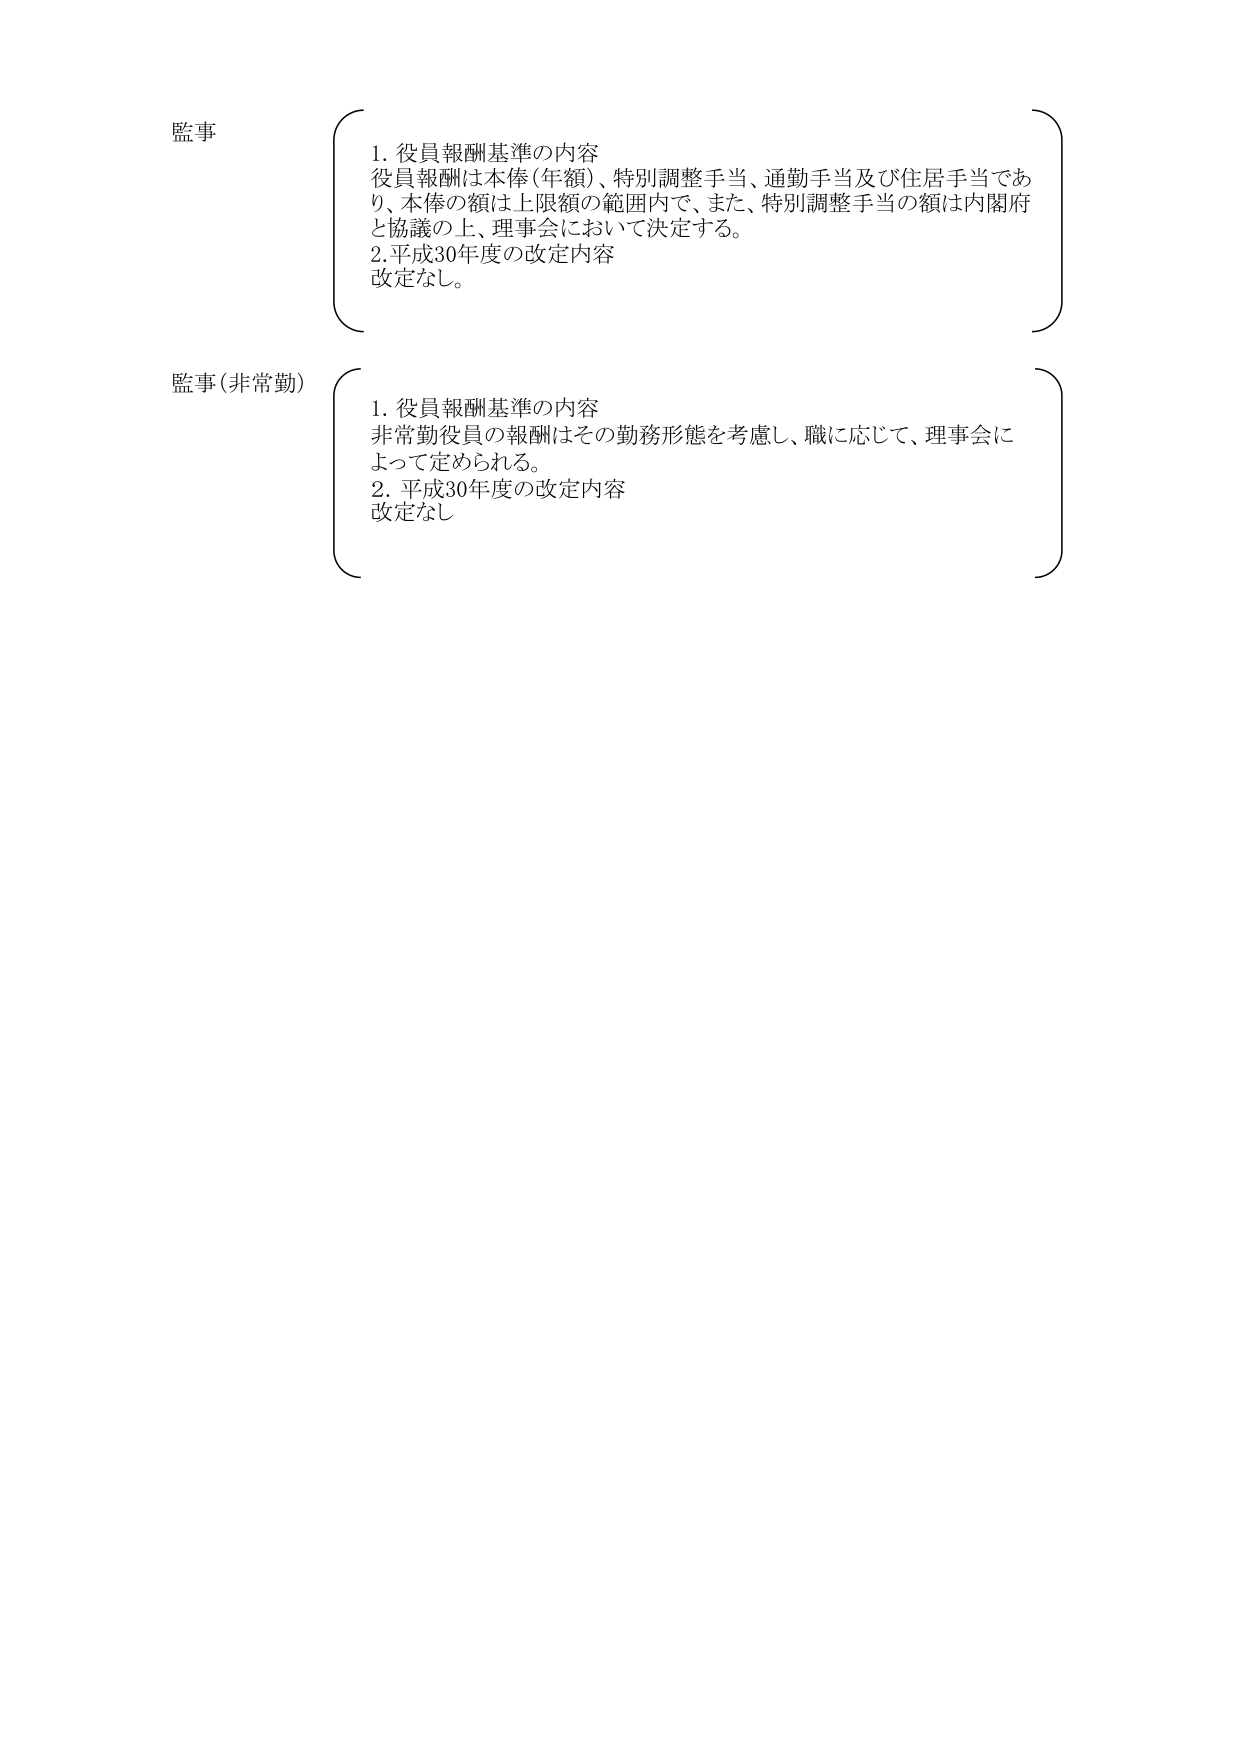
監事
1. 役員報酬基準の内容
役員報酬は本俸（年額）、特別調整手当、通勤手当及び住居手当であり、本俸の額は上限額の範囲内で、また、特別調整手当の額は内閣府と協議の上、理事会において決定する。
2. 平成30年度の改定内容
改定なし。

監事（非常勤）
1. 役員報酬基準の内容
非常勤役員の報酬はその勤務形態を考慮し、職に応じて、理事会によって定められる。
2. 平成30年度の改定内容
改定なし